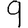
Digit: 9